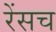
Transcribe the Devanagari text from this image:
रेंसच